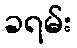
ခရမ်း